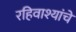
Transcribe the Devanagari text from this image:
रहिवाश्यांचे